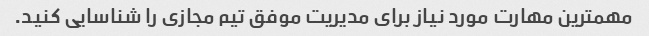
مهمترین مهارت مورد نیاز برای مدیریت موفق تیم مجازی را شناسایی کنید.